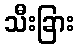
သီးခြား